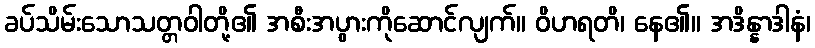
ခပ်သိမ်းသောသတ္တဝါတို့၏ အစီးအပွားကိုဆောင်လျက်။ ဝိဟရတိ၊ နေ၏။ အဒိန္နာဒါနံ၊